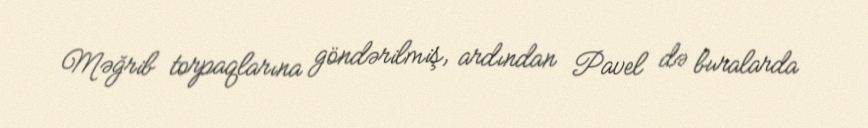
Məğrib torpaqlarına göndərilmiş, ardından Pavel də buralarda